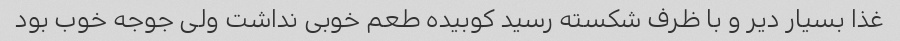
غذا بسیار دیر و با ظرف شکسته رسید کوبیده طعم خوبی نداشت ولی جوجه خوب بود